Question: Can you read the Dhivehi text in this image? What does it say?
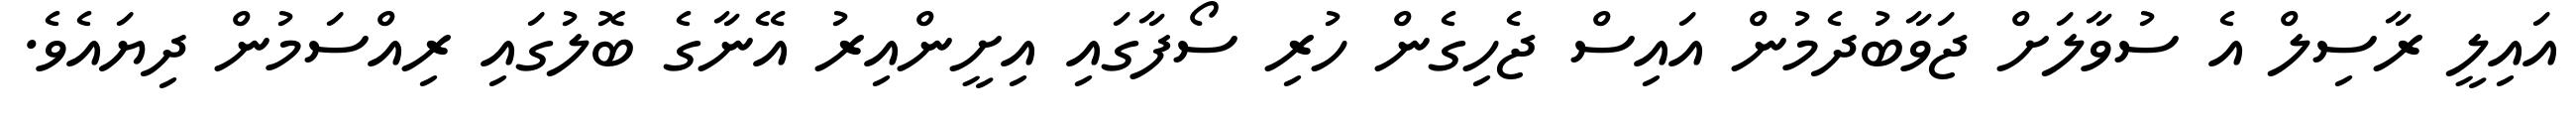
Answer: އައިލީ ރާސިލް އެ ސުވާލަށް ޖަވާބުދެމުން އައިސް ޖެހިގެން ހުރި ސޯފާގައި އިށީންއިރު އޭނާގެ ބޮލުގައި ރިއްސަމުން ދިޔައެވެ.